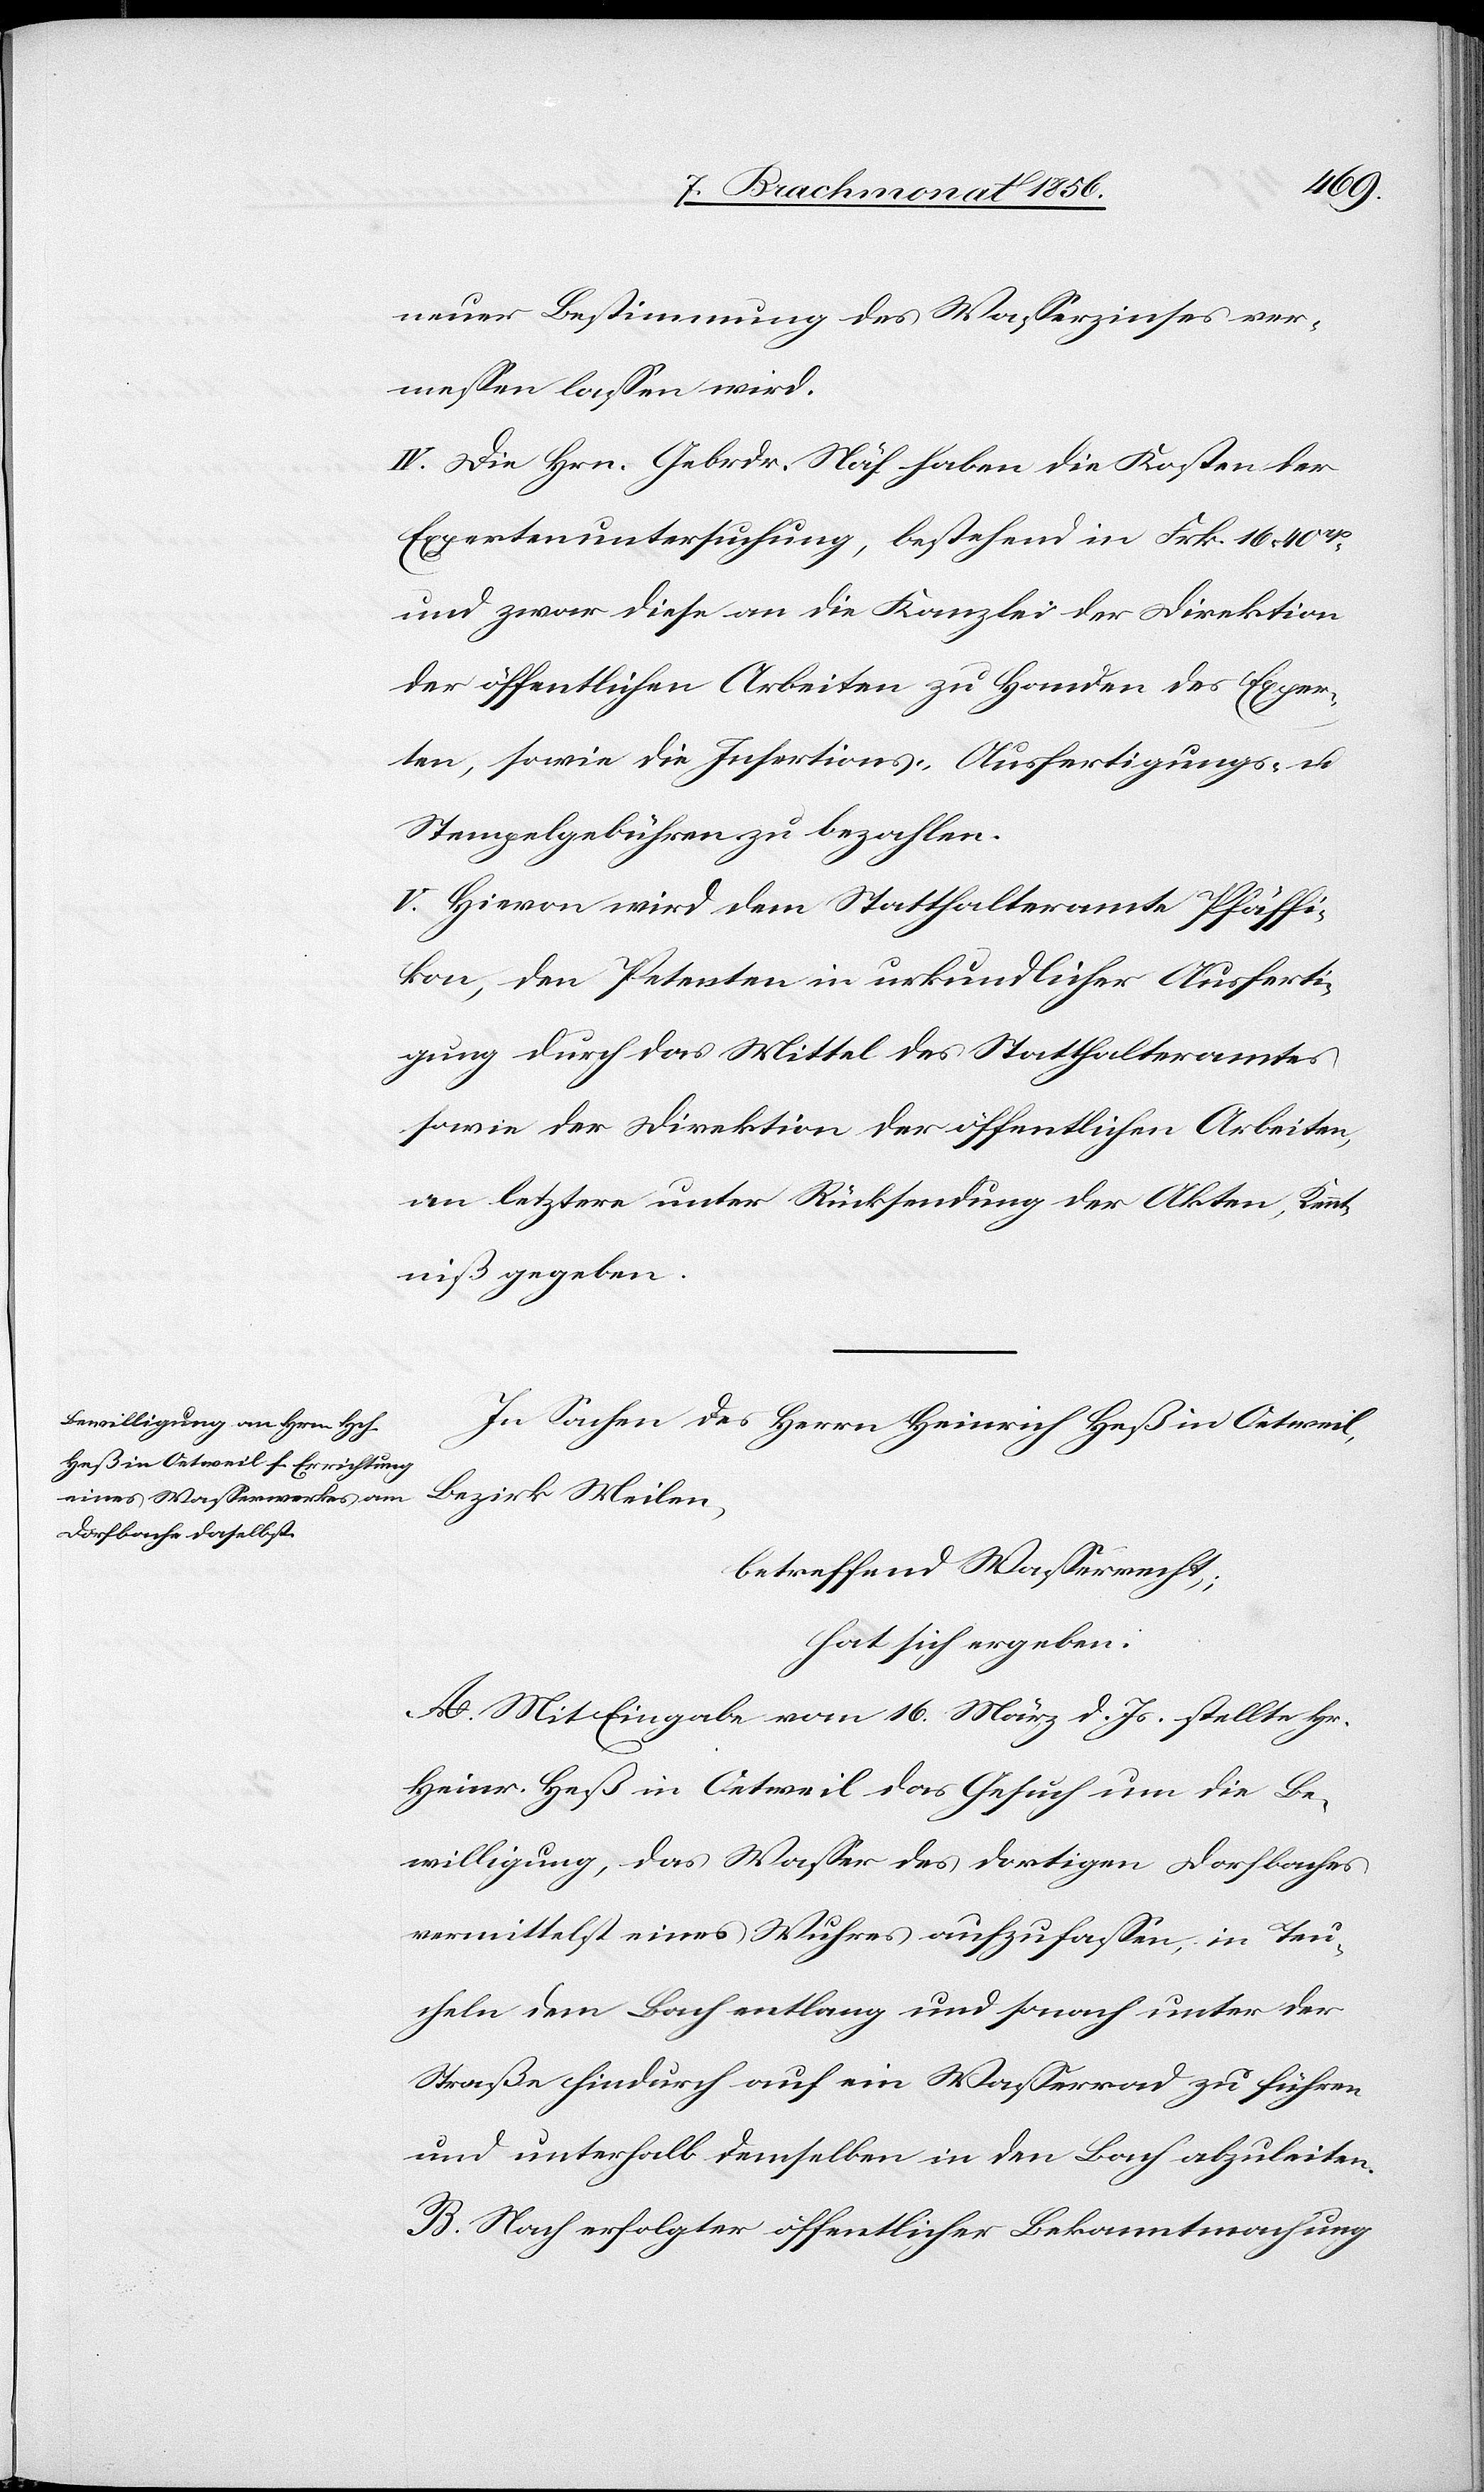
neuer Bestimmung des Wasserzinses ver¬
messen lassen wird.
IV. Die Hrn. Gebrdr. Näf haben die Kosten der
Expertenuntersuchung, bestehend in Frk. 16. 40rp
und zwar diese an die Kanzlei der Direktion
der öffentlichen Arbeiten zu Handen des Exper¬
ten, sowie die Insertions-[,] Ausfertigungs- u.
Stempelgebühren zu bezahlen.
V. Hievon wird dem Statthalteramte Pfäffi¬
kon, den Petenten in urkundlicher Ausferti¬
gung durch das Mittel des Statthalteramtes
sowie der Direktion der öffentlichen Arbeiten,
an letztere unter Rücksendung der Akten, Kennt¬
niß gegeben.
In Sachen des Herrn Heinrich Heß in Oetweil,
Bezirk Meilen,
betreffend Wasserrecht;
hat sich ergeben:
A. Mit Eingabe vom 16. März d. Js. stellte Hr.
Heinr. Heß in Oetweil das Gesuch um die Be¬
willigung, das Wasser des dortigen Dorfbaches
vermittelst eines Wuhres aufzufassen, in Teu¬
cheln dem Bach entlang und sonach unter der
Straße hindurch auf ein Wasserrad zu führen
und unterhalb demselben in den Bach abzuleiten.
B. Nach erfolgter öffentlicher Bekanntmachung